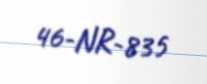
46-NR-835